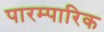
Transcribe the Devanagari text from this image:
पारम्पारिक